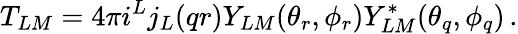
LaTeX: T_{LM}=4\pi i^{L}j_{L}{(qr)}Y_{LM}{(\theta_{r},\phi_{r})}Y_{LM}^{*}{(\theta_{q},\phi_{q})}\, .